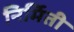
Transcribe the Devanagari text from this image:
निर्मिती